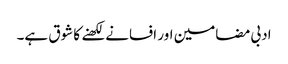
ادبی مضامین اور افسانے لکھنے کا شوق ہے۔